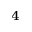
_ 4